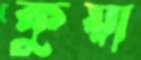
কুয়া